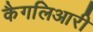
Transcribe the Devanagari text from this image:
कैगलिआरी